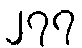
၂၇၇